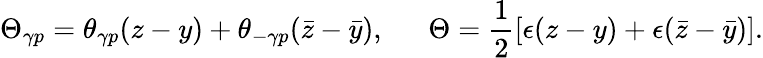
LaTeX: \Theta_{\gamma p}=\theta_{\gamma p}(z-y)+\theta_{-\gamma p}(\bar{z}-\bar{y}),~~~~~~\Theta=\frac{1}{2}[\epsilon(z-y)+\epsilon(\bar{z}-\bar{y})].